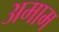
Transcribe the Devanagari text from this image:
अमाम